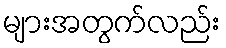
များအတွက်လည်း